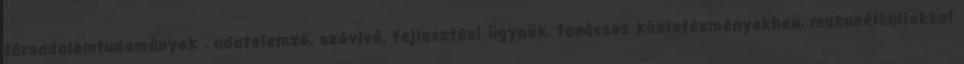
társadalomtudományok , adatelemző, szóvivő, fejlesztési ügynök, tanácsos közintézményekben, mukanélküliekkel